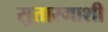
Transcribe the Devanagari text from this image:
सुतारमाशी